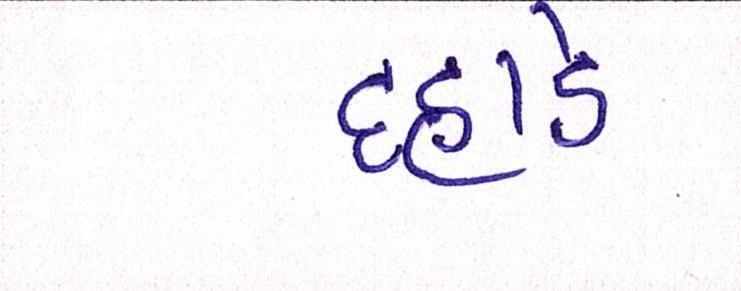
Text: દહાડે